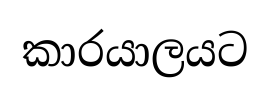
කාරයාලයට